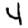
Digit: 4